Statistics compiled by the Government of India from the reports of provincial Civil Veterinary Departments
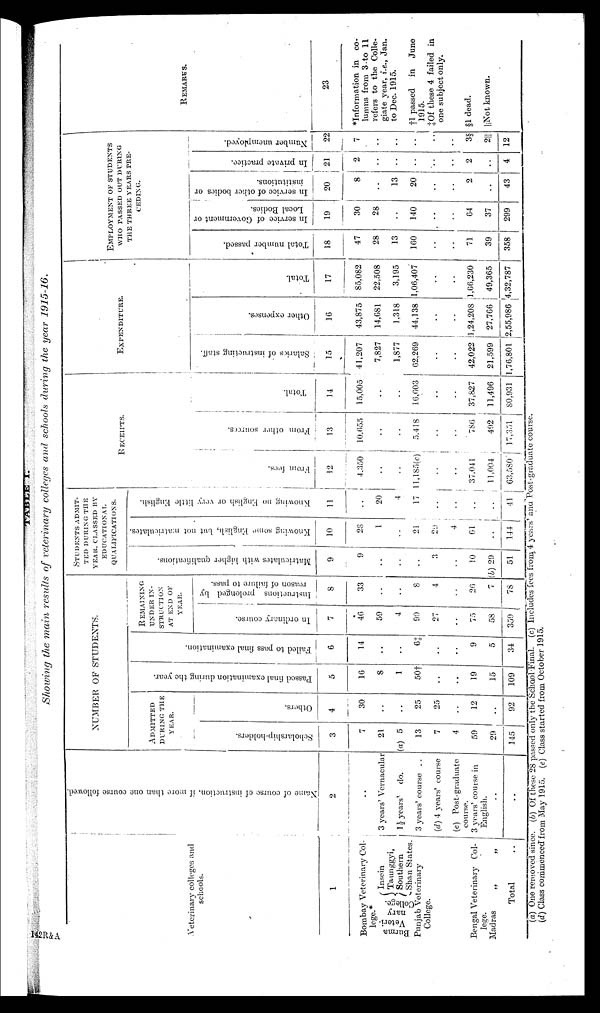
TABLE I.
Showing the main results of veterinary colleges and schools during the year
1915-16.
Veterinary colleges and
schools.
1
Bombay Veterinary Col-
lege.*
Burma
Veteri-
nary
College.
Insein
Taunggyi,
Southern
Shan States.
Punjab Veterinary
College.
Bengal Veterinary Col-
lege.
Madras„ „
Total
..
Name of course of instruct ion, if more than one course followed.
2
..
3 years' Vernacular
1½ years' do.
3 years' course ..
(d) 4 years' course
(e) Post-graduate
course.
3 years' course in
English.
..
..
NUMBER OF STUDENTS.
ADMITTED
DURING THE
YEAR.
Scholarship-holders.
3
7
21
(a) 5
13
7
4
59
29
145
Ot her s .
4
30
..
..
25
25
..
12
..
92
Pas s ed f i n a l e x a m i n a t i o n dur i ng the year.
5
16
8
1
50†
..
19
15
109
Fai l
ed to pass fi nal examination.
6
14
..
..
6‡
..
..
9
5
34
REMAINING
UNDER IN-
STRUCTION
AT END OF
YEAR.
In ordinary course.
7
46
59
4
90
27
..
75
58
359
Instructions prolonged by
reason of failure to pass.
8
33
..
..
8
4
..
26
7
78
STUDENTS ADMIT-
TED DURING THE
YEAR, CLASSED BY
EDUCATIONAL
QUALIFICATIONS.
Matriculates with higher qualifications.
9
9
..
..
..
3
10
(b) 29
51
Knowing some English, but not matriculates.
10
28
1
..
21
29
4
61
..
144
Knowing no English or very little English.
11
..
20
4
17
..
..
..
..
41
RECEIPTS.
From fees.
12
4,350
..
..
1,185(c)
..
..
37,041
11,004
63,580
From other sources.
13
10,655
..
..
5,418
..
..
786
492
17,351
Total.
14
15,005
..
..
16,603
..
..
37,827
11,496
80,931
EXPENDITURE.
Salaries of instructing staff.
15
41,207
7,827
1,877
62,269
..
..
42,022
21,599
1,76,801
Other expenses.
16
43,875
14,681
1,318
44,138
..
..
1,24,208
27,766
2,55,986
Total.
17
85,082
22,508
3,195
1,06,407
..
..
1,66,230
49,365
4,32,787
EMPLOYMENT OF STUDENTS
WHO PASSED OUT DURING
THE THREE YEARS PRE-
CEDING.
Total number passed.
18
47
28
13
160
..
..
71
39
358
In service of Government or
Local Bodies.
19
30
28
..
140
..
..
64
37
299
In service of other bodies or
institutions.
20
8
..
13
20
..
..
2
..
43
In private practice.
21
2
..
..
..
..
..
2
..
4
Number unemployed.
22
7
..
..
..
..
..
3§
2||
12
REMARKS.
23
*Information in co-
lumns from 3 to 11
refers to the Colle-
giate year, i.e., Jan.
to Dec. 1915.
†1 passed in June
1915.
‡Of these 4 failed in
one subject only.
§1 dead.
||Not known.
(a) One removed since. (b) Of these 28 passed only the School Final. (c) Includes fees from 4 years' ana Post-graduate course.
(d) Class commenced from May 1915. (e) Class started from October 1915.